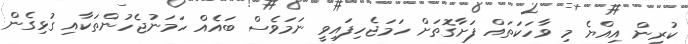
ކުރިން އިއްޔެ މި ވާހަކަތައް ފަށާގޮތަށް ހަމަޖެހިފައިވީ ނަމަވެސް ބައެއް ހަމަނުޖެހުންތަކާއި ގުޅިގެން